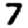
Digit: 7